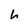
Character: h